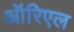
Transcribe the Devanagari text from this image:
ऑरिएल